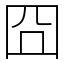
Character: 囧